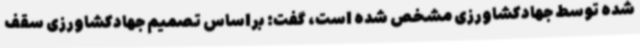
شده توسط جهادکشاورزی مشخص شده است، گفت: براساس تصمیم جهادکشاورزی سقف